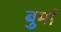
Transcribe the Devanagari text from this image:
बुर्मा